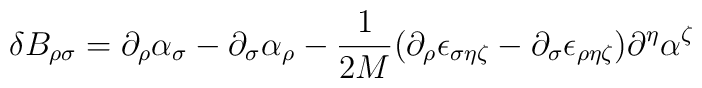
\delta B_{\rho \sigma} =\partial_\rho \alpha_\sigma -\partial_\sigma \alpha _\rho - \frac{1}{2M}(\partial_\rho\epsilon_{\sigma\eta\zeta} - \partial_\sigma\epsilon_{\rho\eta\zeta})\partial^\eta\alpha^\zeta